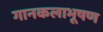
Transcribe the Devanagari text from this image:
गानकलाभूषण